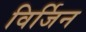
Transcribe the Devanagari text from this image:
विर्जिन